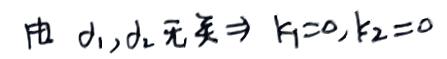
由 \(d_1,d_2\) 无关 \(\Rightarrow k_1 = 0,k_2 = 0\)